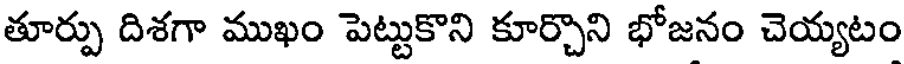
తూర్పు దిశగా ముఖం పెట్టుకొని కూర్చొని భోజనం చెయ్యటం